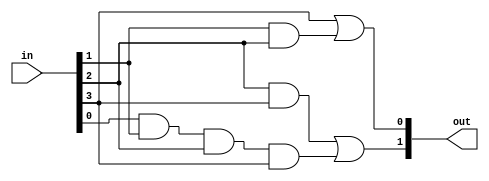
module FusedPAL (
    input [N-1:0] in,            // Input lines
    output [M-1:0] out           // Output lines
);
    // Parameter definitions
    parameter N = 4; // Number of input lines
    parameter M = 2; // Number of output lines
    parameter P = 4; // Number of programmable AND gates

    // Internal signals for AND gates
    wire [P-1:0] and_out; // Outputs from the AND gates
    wire [P-1:0] and_config [N-1:0]; // Configuration for AND gates

    // Configuration for AND gates (1 for connection, 0 for disconnection)
    // Example configuration for AND gates (can be modified as needed)
    assign and_config[0] = 4'b1000; // AND0 connected to in[0]
    assign and_config[1] = 4'b0110; // AND1 connected to in[1] and in[2]
    assign and_config[2] = 4'b1100; // AND2 connected to in[2] and in[3]
    assign and_config[3] = 4'b1111; // AND3 connected to all inputs

    // AND gate implementation
    genvar i;
    generate
        for (i = 0; i < P; i = i + 1) begin : and_gates
            assign and_out[i] = (and_config[i][0] ? in[0] : 1'b1) &
                                (and_config[i][1] ? in[1] : 1'b1) &
                                (and_config[i][2] ? in[2] : 1'b1) &
                                (and_config[i][3] ? in[3] : 1'b1);
        end
    endgenerate

    // Fixed OR gates - outputs, combining various AND gate outputs (example combination)
    assign out[0] = and_out[0] | and_out[1]; // Output from AND0 and AND1
    assign out[1] = and_out[2] | and_out[3]; // Output from AND2 and AND3

endmodule